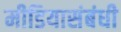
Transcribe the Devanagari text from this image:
मीडियासंबंधी